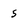
Character: 5